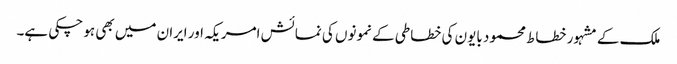
ملک کے مشہور خطاط محمود بایون کی خطاطی کے نمونوں کی نمائش امریکہ اور ایران میں بھی ہو چکی ہے۔